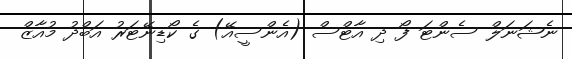
ނެޝަނަލް ސެންޓަ ފޯ ދި އާޓްސް (އެންސީއޭ) ގެ ކޯޑިނޭޓަރު އަބްދު މުއާޒް